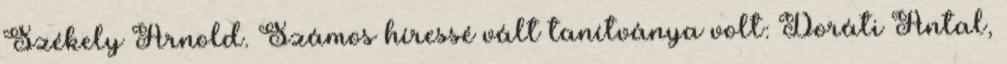
Székely Arnold. Számos híressé vált tanítványa volt: Doráti Antal,